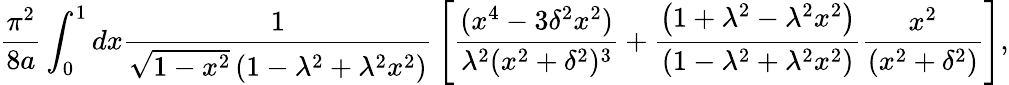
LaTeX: {\frac{\pi^{2}}{8a}}\int_{0}^{1}{dx{\frac{1}{\sqrt{1-x^{2}}\left(1-\lambda^{2}+\lambda^{2}x^{2}\right)}}\left[{\frac{(x^{4}-3\delta^{2}x^{2})}{\lambda^{2}(x^{2}+\delta^{2})^{3}}}+{\frac{\left(1+\lambda^{2}-\lambda^{2}x^{2}\right)}{\left(1-\lambda^{2}+\lambda^{2}x^{2}\right)}}{\frac{x^{2}}{(x^{2}+\delta^{2})}}\right]},